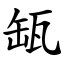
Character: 缻